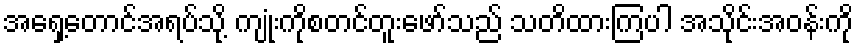
အရှေ့တောင်အရပ်သို့ ကျုံးကိုစတင်တူးဖော်သည် သတိထားကြပါ အသိုင်းအဝန်းကို